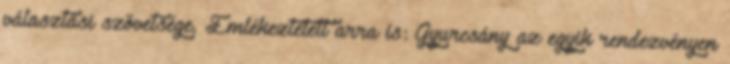
választási szövetsége. Emlékeztetett arra is: Gyurcsány az egyik rendezvényen